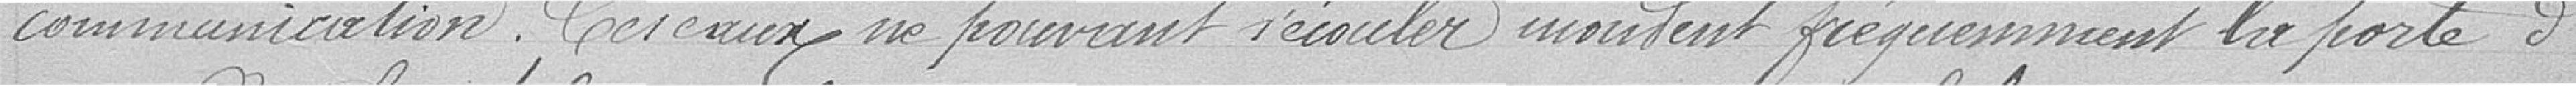
communication. Ces eaux ne pouvant s'écouler inondent fréquemment la porte d'